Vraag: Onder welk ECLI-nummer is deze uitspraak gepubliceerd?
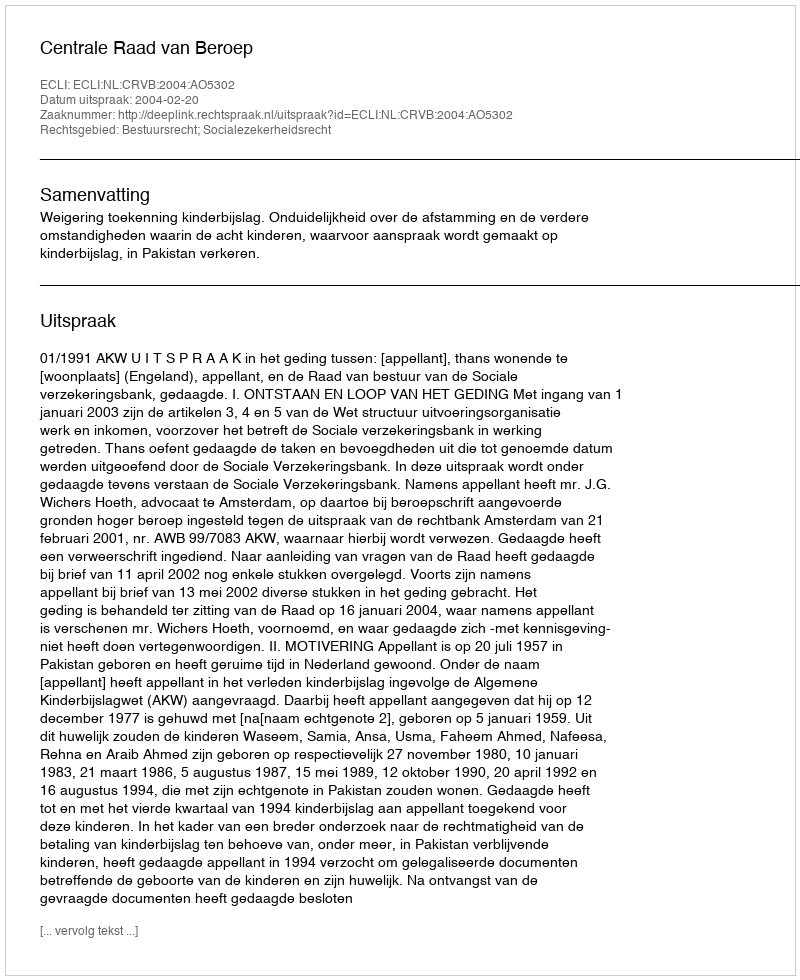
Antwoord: ECLI:NL:CRVB:2004:AO5302